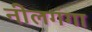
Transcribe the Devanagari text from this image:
नीलगंगा